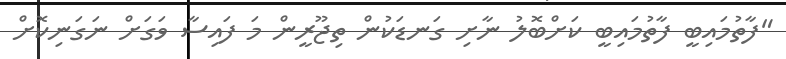
"ފާތުމައިބީ ފާތުމައިބީ ކަށްބޮލު ނާށި ގަނޑަކުން ތިޖޫރީން މަ ފައިސާ ވަގަށް ނަގަނިކޮށް